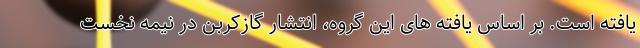
یافته است. بر اساس یافته های این گروه، انتشار گازکربن در نیمه نخست